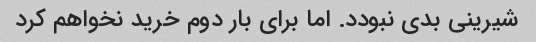
شیرینی بدی نبودد. اما برای بار دوم خرید نخواهم کرد